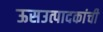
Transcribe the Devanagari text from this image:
ऊसउत्पादकांची